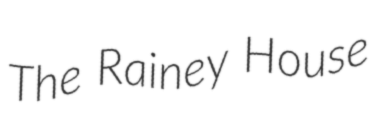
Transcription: The Rainey House